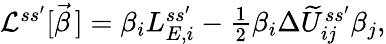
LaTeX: \begin{array}{r}{\mathcal{L}^{ss^{\prime}}[\vec{\beta}\, ]=\beta_{i}L_{E,i}^{ss^{\prime}}-\frac{1}{2}\beta_{i}\Delta\widetilde U_{ij}^{ss^{\prime}}\beta_{j},}\end{array}